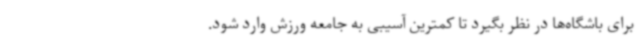
برای باشگاه‌ها در نظر بگیرد تا کمترین آسیبی به جامعه ورزش وارد شود.